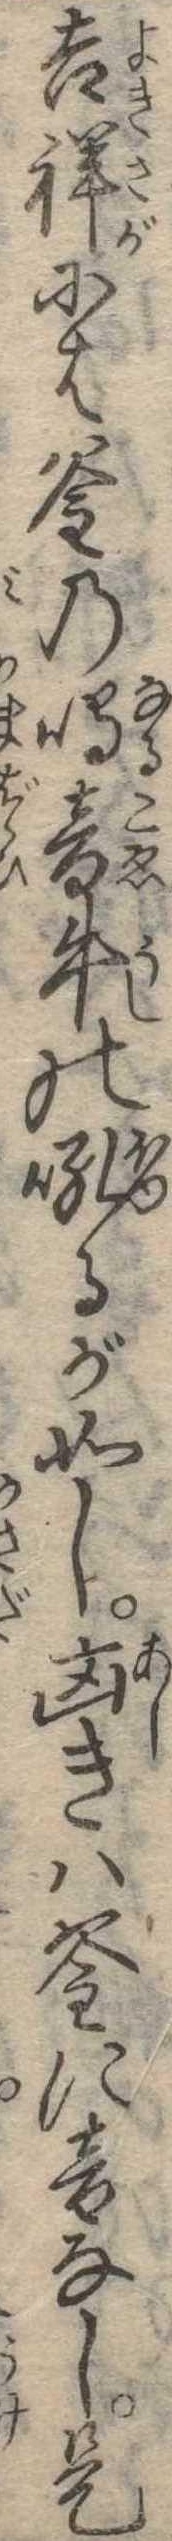
吉祥には釜の鳴音牛の吼るが如し凶きは釜に音なし是